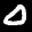
Label: 0